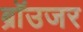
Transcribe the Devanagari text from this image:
ब्रॉउजर